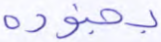
بجنوده